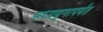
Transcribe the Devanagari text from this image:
मध्ययुगापर्यंत